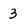
Character: 3